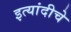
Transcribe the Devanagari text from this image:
इत्यांदीचे